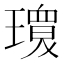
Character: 𱯫